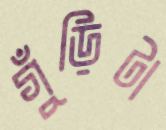
গুঁড়িটা